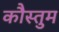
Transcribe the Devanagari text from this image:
कौस्तुम